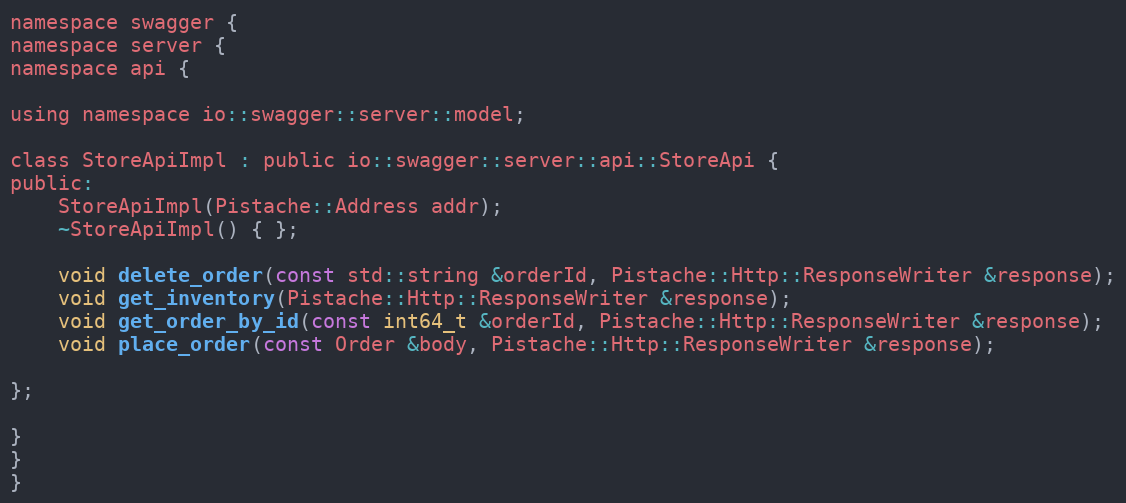
Language: C
namespace swagger {
namespace server {
namespace api {

using namespace io::swagger::server::model;

class StoreApiImpl : public io::swagger::server::api::StoreApi {
public:
    StoreApiImpl(Pistache::Address addr);
    ~StoreApiImpl() { };

    void delete_order(const std::string &orderId, Pistache::Http::ResponseWriter &response);
    void get_inventory(Pistache::Http::ResponseWriter &response);
    void get_order_by_id(const int64_t &orderId, Pistache::Http::ResponseWriter &response);
    void place_order(const Order &body, Pistache::Http::ResponseWriter &response);

};

}
}
}